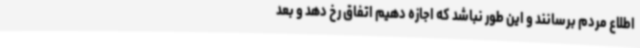
اطلاع مردم برسانند و این طور نباشد که اجازه دهیم اتفاق رخ دهد و بعد